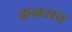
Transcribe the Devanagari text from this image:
कळसच